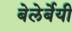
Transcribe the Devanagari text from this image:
बेलेर्बेयी